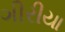
ગીરીયા